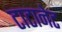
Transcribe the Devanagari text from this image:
टाटानेट